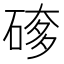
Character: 䃎